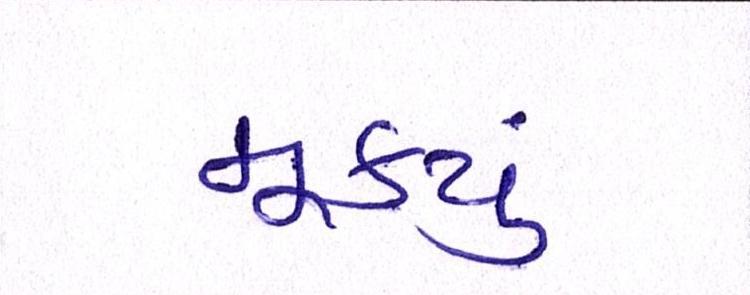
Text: મૂક્યું